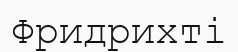
Фридрихті